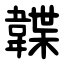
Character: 韘